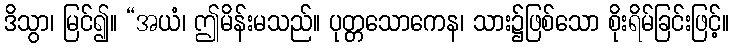
ဒိသွာ၊ မြင်၍။ “အယံ၊ ဤမိန်းမသည်။ ပုတ္တသောကေန၊ သား၌ဖြစ်သော စိုးရိမ်ခြင်းဖြင့်။